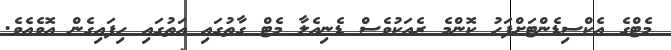
މެޓްގެ އެކްސިޑެންޓަށްފަހު ކޮންމެ ރެއަކުވެސް ޑެނިއެލާ މެޓް ގާތުގައި އަތުގައި ހިފައިގެން އޮވެއެވެ.